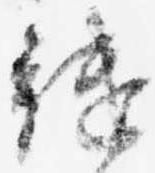
継